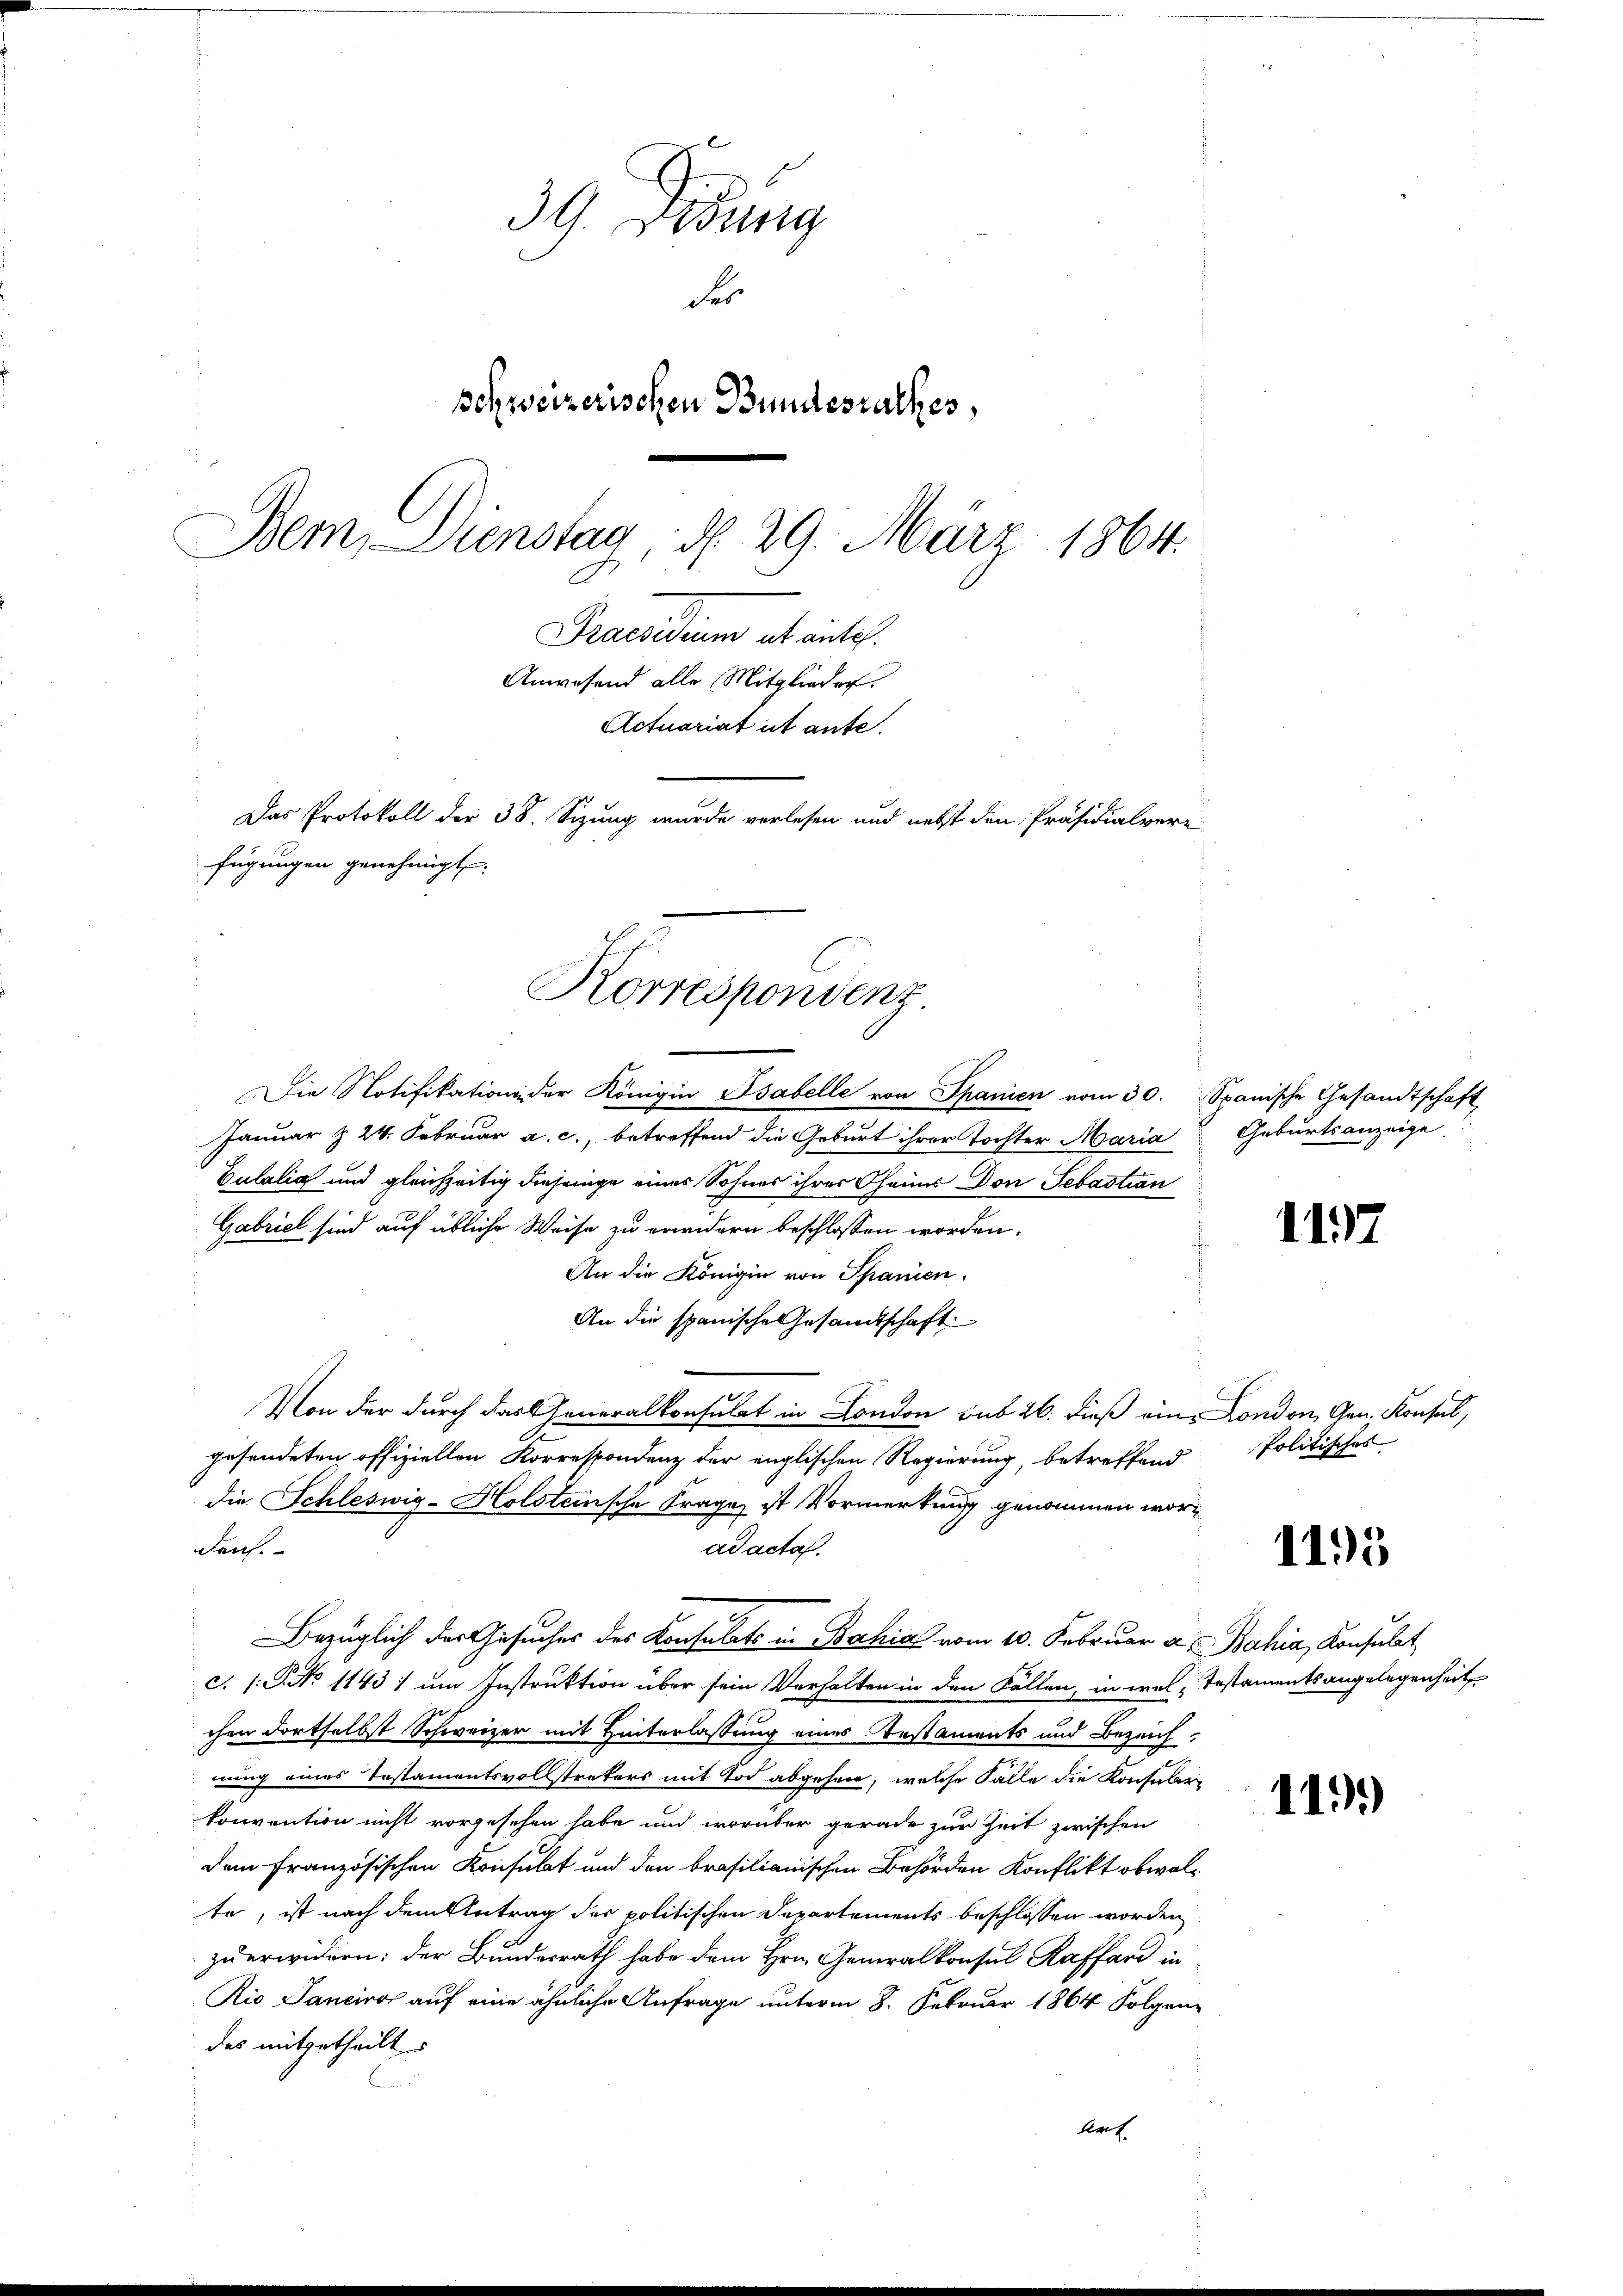
39. Jung
des
schweizerischen Bundesrathes,
Bem, Dienstag d. 29. März 1864.
Praesidium ab antes.
Anwesend alle Mitglieder.
Actuariat ist ante.
Das Protokoll der 38. Sizung wurde verlesen und nebst den Präsidialvere
fügungen genehmigt.

Korrespondenz

Die Notifikation der Königin Bsabelle von Spanien vom 30. Spanische Gesandtschaft
Januar & 24. Februar a. c., betreffend die Geburt ihrer Tochter Maria Geburtsanzeige
Eulalia und gleichzeitig diejenige eines Sohnes ihrer Oheims Don Sebastian
Gabriel sind auf übliche Weise zu erwidern beschlossen worden.
An die Königin von Spanien.
An die spanische Gesandtschaft.
Von der durch das Generalkonsulat in London sub 26. dieß ein London, Gen. Konsul,
gesendeten offiziellen Korrespondenz der englischen Regierung, betreffend
die Schleswig-Holsteinsche Frage ist Vormerkung genommen wordurch.
ad acta.
Bezüglich der Gesuches des Konsulats in Bahia vom 10. Februar a. Bahia, Konsulat
c. P.P. No 11431 um Instruktion über sein Verhalten in den Fällen, in wel „Testamentsangelegenheit
chen dortselbst Schweizer mit Hinterlassung eines Testaments und Bezeich-
nung eines Testamentsvollstrekers mit Tod abgehen, welche Falle die Konsularkonvention nicht vorgesehen habe und worüber gerade zur Zeit zwischen
Dein Französischen Konsulat und den brasilianischen Behörden Konflikt obwalte, ist nach dem Antrag des politischen Departements beschlossen worden
zu erwidern: der Bundesrath habe dem Hrn. Generalkonsul Kaffard in
Rio Sanciro auf eine ähnliche Anfrage unterm 8. Februar 1864 Folgendes mitgetheilt
Aath

1137

Politisches

1195

119.)